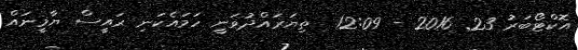
އޮކްޓޯބަރު 23